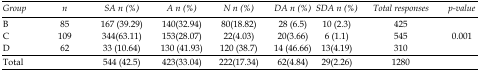
<table><thead><tr><td><b>Group</b></td><td><b>n</b></td><td><b>SA n (%)</b></td><td><b>A n (%)</b></td><td><b>N n (%)</b></td><td><b>DA n (%)</b></td><td><b>SDA n (%)</b></td><td><b>Total responses</b></td><td><b>p-value</b></td></tr></thead><tbody><tr><td>B</td><td>85</td><td>167 (39.29)</td><td>140(32.94)</td><td>80(18.82)</td><td>28 (6.5)</td><td>10 (2.3)</td><td>425</td><td rowspan="3">0.001</td></tr><tr><td>C</td><td>109</td><td>344(63.11)</td><td>153(28.07)</td><td>22(4.03)</td><td>20(3.66)</td><td>6 (1.1)</td><td>545</td></tr><tr><td>D</td><td>62</td><td>33 (10.64)</td><td>130 (41.93)</td><td>120 (38.7)</td><td>14 (46.66)</td><td>13(4.19)</td><td>310</td></tr><tr><td colspan="2">Total</td><td>544 (42.5)</td><td>423(33.04)</td><td>222(17.34)</td><td>62(4.84)</td><td>29(2.26)</td><td>1280</td></tr></tbody></table>